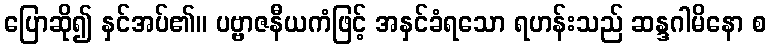
ပြောဆို၍ နှင်အပ်၏။ ပဗ္ဗာဇနီယကံဖြင့် အနှင်ခံရသော ရဟန်းသည် ဆန္ဒဂါမိနော စ